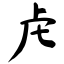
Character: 虍